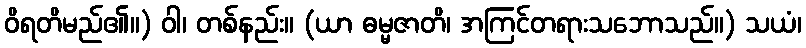
ဝိရတိမည်၏။) ဝါ၊ တစ်နည်း။ (ယာ ဓမ္မဇာတိ၊ အကြင်တရားသဘောသည်။) သယံ၊